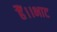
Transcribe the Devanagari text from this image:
हैं।।भाट